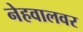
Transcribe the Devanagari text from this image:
नेहवालवर